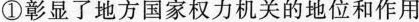
①彰显了地方国家权力机关的地位和作用